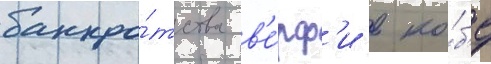
банкро́тства в'е́рф'и в ко́б'е